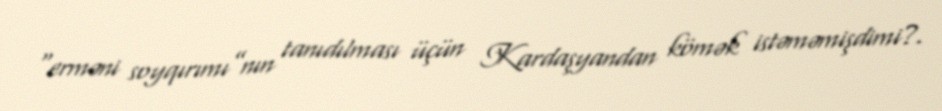
“erməni soyqırımı”nın tanıdılması üçün Kardaşyandan kömək istəməmişdimi?.